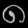
Digit: ၈